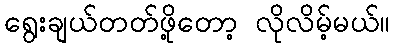
ရွေးချယ်တတ်ဖို့တော့ လိုလိမ့်မယ်။